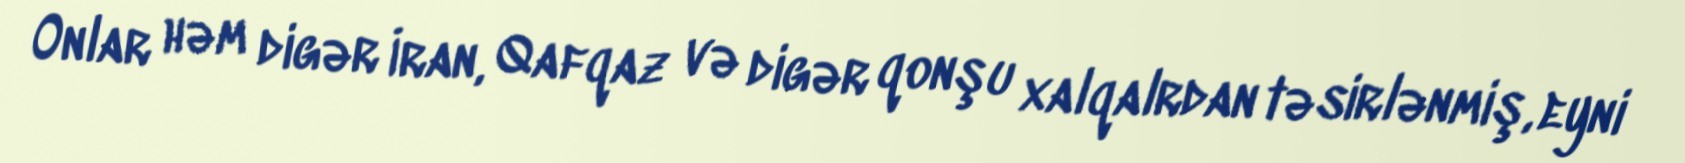
Onlar həm digər İran, Qafqaz və digər qonşu xalqalrdan təsirlənmiş, eyni